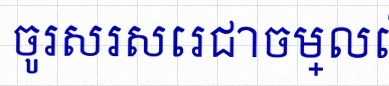
ចូរសរសេរជាចម្លើយ